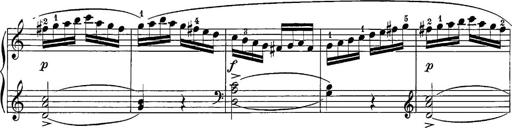
Title: 12 Sonatine per Pianoforte
Composer: Friedrich Kuhlau